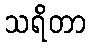
သရိတာ